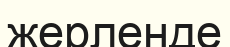
жерленде